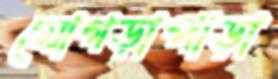
মোগড়াপাড়া